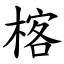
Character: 楁